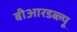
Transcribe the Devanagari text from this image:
बीआरडब्ल्यू